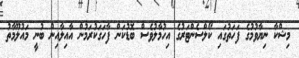
މިޝްކާ ނިޔާވުމުގެ ފަހަތުގައި ކޯލްސެންޓަރުގެ އިހުމާލުވެސް ބޮޑުކަން ފާހަގަކުރަމުން އާއިލާއިން ބުނީ މައުލޫމާތު